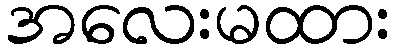
အလေးမထား